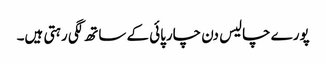
پورے چالیس دن چارپائی کے ساتھ لگی رہتی ہیں۔